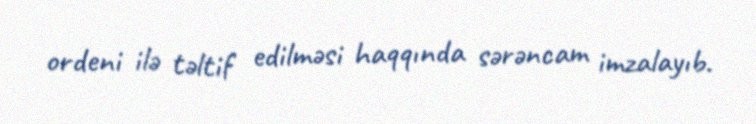
ordeni ilə təltif edilməsi haqqında sərəncam imzalayıb.